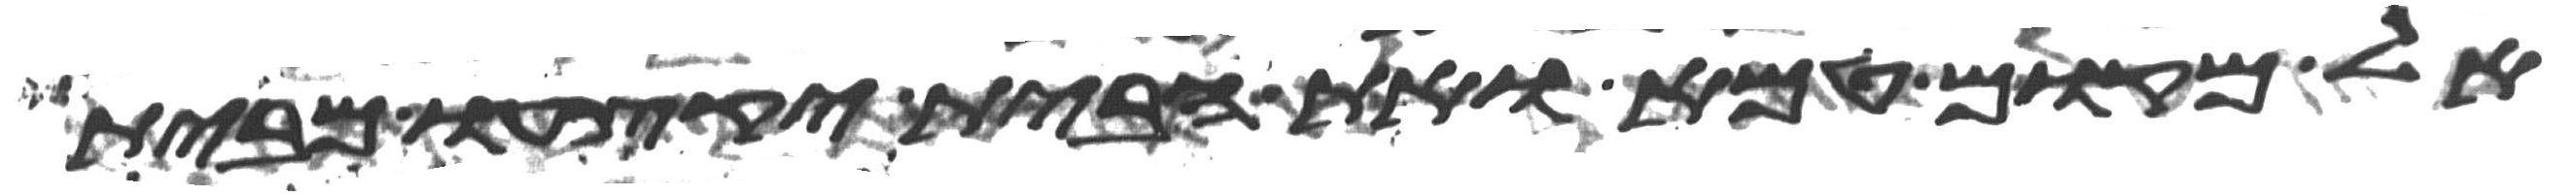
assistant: אל מקום טמא ואת הבית יקצעו מבית